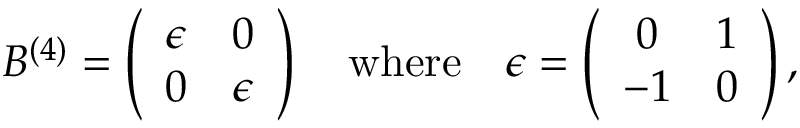
B ^ { ( 4 ) } = \left( \begin{array} { c c } { { \epsilon } } & { { 0 } } \\ { { 0 } } & { { \epsilon } } \end{array} \right) \quad \mathrm { w h e r e } \quad \epsilon = \left( \begin{array} { c c } { { 0 } } & { { 1 } } \\ { { - 1 } } & { { 0 } } \end{array} \right) ,